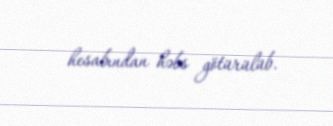
hesabından həbs götürülüb.